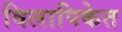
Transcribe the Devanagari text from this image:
विलापिकेत